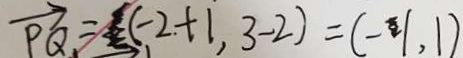
\overrightarrow { P Q } = ( - 2 + 1 , 3 - 2 ) = ( - 1 , 1 )